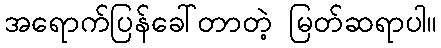
အရောက်ပြန်ခေါ်တာတဲ့ မြတ်ဆရာပါ။